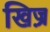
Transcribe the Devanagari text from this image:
खिज़्र